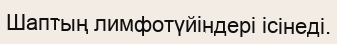
Шаптың лимфотүйіндері ісінеді.